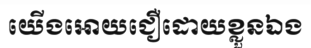
យើងអោយជឿដោយខ្លួនឯង